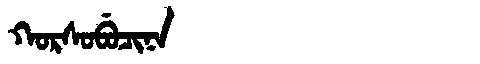
Manchu: ᡴᠣᡵᠰᠣᠪᡠᠴᡳᠨᠠ
Romanization: KORSOBUCINA